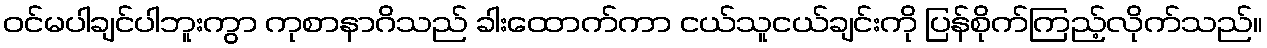
ဝင်မပါချင်ပါဘူးကွာ ကုစာနာဂိသည် ခါးထောက်ကာ ငယ်သူငယ်ချင်းကို ပြန်စိုက်ကြည့်လိုက်သည်။